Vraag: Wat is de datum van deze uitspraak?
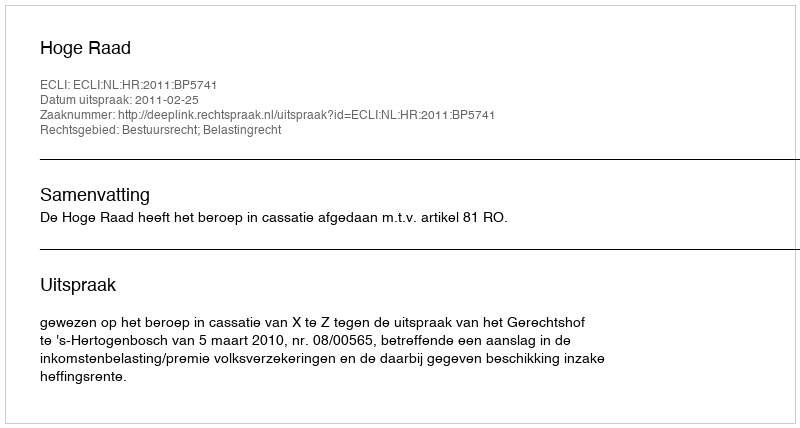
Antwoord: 2011-02-25